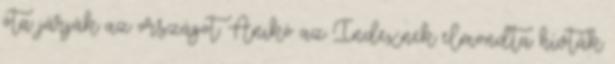
óta járják az országot. Anikó az Indexnek elmondta: hívták